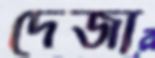
দেজা